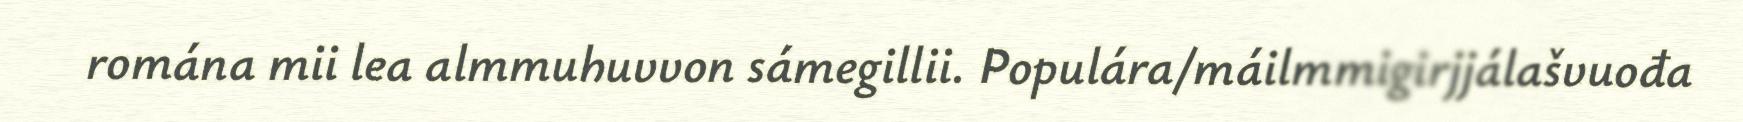
romána mii lea almmuhuvvon sámegillii. Populára/máilmmigirjjálašvuođa